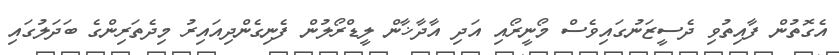
އެގޮތުން ފާއިތުވި ދެސީޒަނުގައިވެސް މޯނީރޯއި އަދި އާދާޚާން ލީޑްރޯލުން ފެނިގެންދިއައިރު މިދެތަރިންގެ ބަދަލުގައި